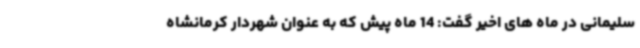
سلیمانی در ماه های اخیر گفت: 14 ماه پیش که به عنوان شهردار کرمانشاه